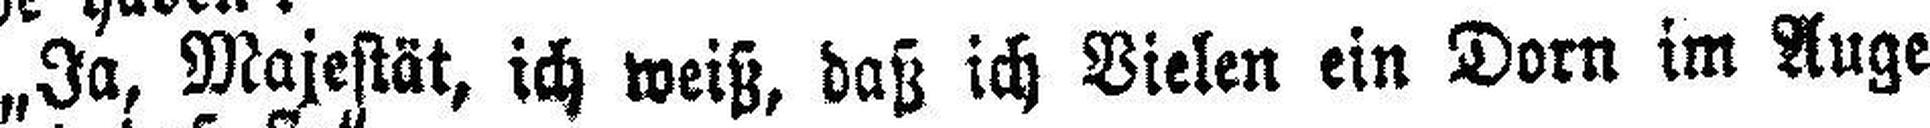
„Ja, Majestät, ich weiß, daß ich Vielen ein Dorn im Auge